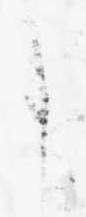
に